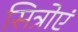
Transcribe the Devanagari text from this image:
सित्रोएं